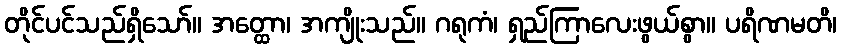
တိုင်ပင်သည်ရှိသော်။ အတ္ထော၊ အကျိုးသည်။ ဂရုကံ၊ ရှည်ကြာလေးဖွယ်စွာ။ ပရိဏမတိ၊